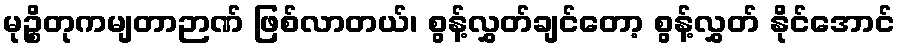
မုဉ္စိတုကမျတာဉာဏ် ဖြစ်လာတယ်၊ စွန့်လွှတ်ချင်တော့ စွန့်လွှတ် နိုင်အောင်